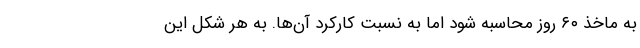
به ماخذ ۶۰ روز محاسبه شود اما به نسبت کارکرد آن‌ها. به هر شکل این